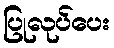
ပြုလုပ်ပေး